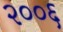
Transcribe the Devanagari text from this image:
२००६